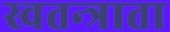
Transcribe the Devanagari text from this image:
स्वतन्त्राता